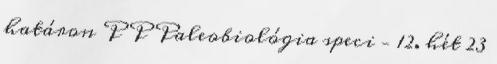
határon P P Paleobiológia speci – 12. hét 23